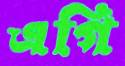
এগি